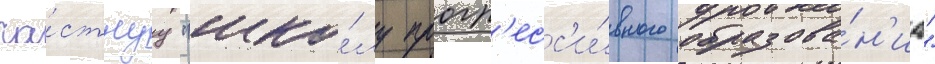
ча́стнуу "шко́лу прогр'есс'и́вного образова́н'иа"